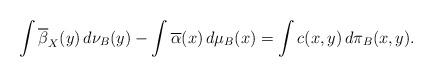
LaTeX: \begin{align*} \int \overline{\beta}_X (y) \,d\nu_B(y) -\int \overline{\alpha}(x)\, d\mu_B (x) = \int c(x,y) \,d\pi_B (x,y).\end{align*}